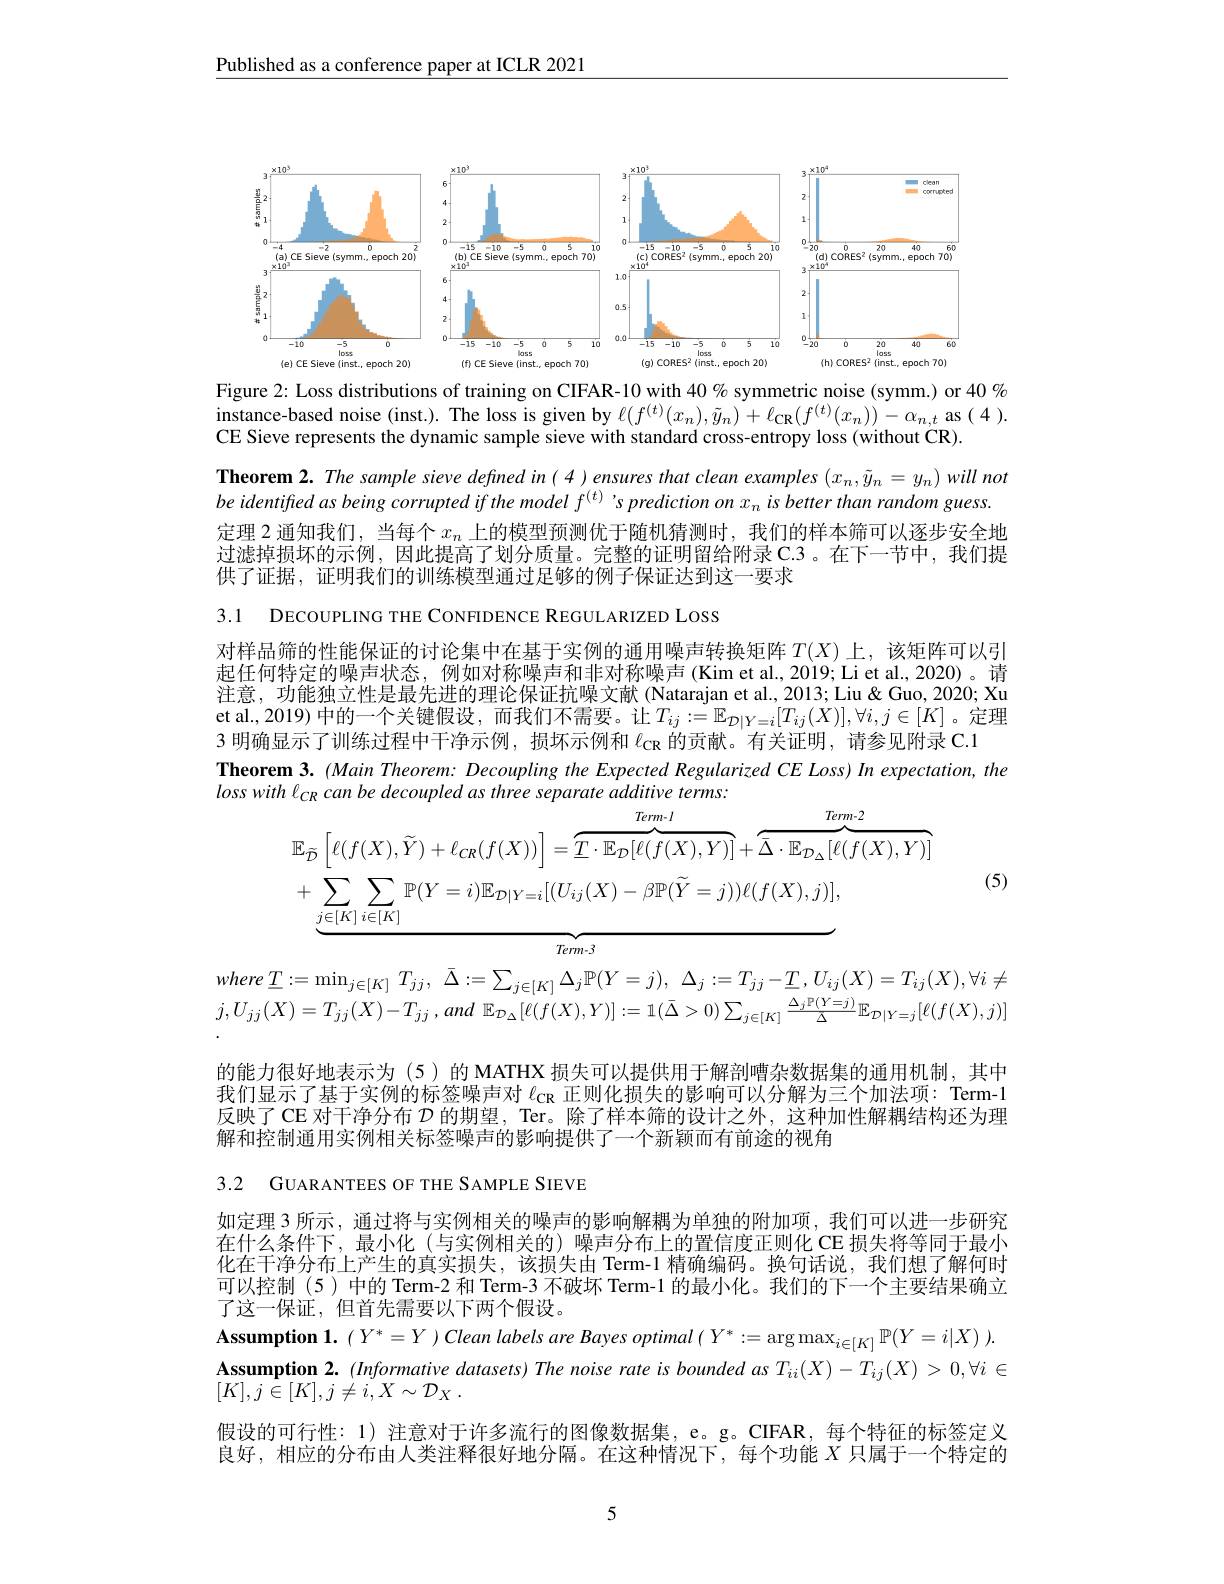
Published as a conference paper at ICLR 2021

<FigureHere>
Figure 2: Loss distributions of training on CIFAR-10 with 40 % symmetric noise (symm.) or $40\%$

$\begin{array}{c}\text{instance-based noise(inst.). The loss is given by }\ell(f^{(t)}(x_{n}),\tilde{y}_{n})+\ell_{\mathbf{CR}}(f^{(t)}(x_{n}))-\alpha_{n,t}\begin{array}{c}\mathrm{as~(4~).}\\\end{array}\end{array}$
CE Sieve represents the dynamic sample sieve with standard cross-entropy loss (without CR).

$\textbf{Theorem 2. The sample sieve defined in( 4) ensures that clean examples }( x_{n}, \tilde{y} _{n}= y_{n})$ willnot $be$ identifed $as$ being corrupted $if$ the model $f^{( t) }$ $; s$ prediction $on$ $x_{n}$ $is$ better than random $guess.$ 定理 2 通知我们，当每个$x_n$上的模型预测优于随机猜测时，我们的样本筛可以逐步安全地过滤掉损坏的示例，因此提高了划分质量。完整的证明留给附录C.3。在下一节中，我们提供了证据，证明我们的训练模型通过足够的例子保证达到这一要求

3.1 DECOUPLING THE CONFIDENCE REGULARIZED LOSS

对样品筛的性能保证的讨论集中在基于实例的通用噪声转换矩阵$T(X)$ 上，该矩阵可以引起任何特定的噪声状态，例如对称噪声和非对称噪声(Kim et al.,2019; Li et al., 2020)。请注意，功能独立性是最先进的理论保证抗噪文献(Natarajan et al.,2013; Liu & Guo, 2020; Xu et al., 2019) 中的一个关键假设，而我们不需要。让$T_ij:=\mathbb{E}_{\mathcal{D}|Y=i}[T_{ij}(X)],\forall i,j\in[K]$ 。定理3 明确显示了训练过程中干净示例，损坏示例和$\ell_\mathrm{CR}$的贡献。有关证明，请参见附录 C.1
Theorem 3. (Main Theorem: Decoupling the Expected Regularized CE Loss) In expectation, the

losswith $l_{CR}$ can $be$ decoupled $as$ three separate additive $terms:$
$$\begin{aligned}&\mathbb{E}_{\widetilde{\mathcal{D}}}\left[\ell(f(X),\widetilde{Y})+\ell_{CR}(f(X))\right]=\overbrace{\underline{T}\cdot\mathbb{E}_{\mathcal{D}}[\ell(f(X),Y)]}^{Term\cdot l}+\overbrace{\bar{\Delta}\cdot\mathbb{E}_{\mathcal{D}_{\Delta}}[\ell(f(X),Y)]}^{Term\cdot l}\\&+\underbrace{\sum_{j\in[K]}\sum_{i\in[K]}\mathbb{P}(Y=i)\mathbb{E}_{\mathcal{D}|Y=i}[(U_{ij}(X)-\beta\mathbb{P}(\widetilde{Y}=j))\ell(f(X),j)]}_{Term\cdot3},\end{aligned}$$
(5)

$where\underline {T}: = \min _{j\in [ K] }T_{jj}$, $\bar{\Delta } : = \sum _{j\in [ K] }\Delta _{j}\mathbb{P} ( Y= j) $, $\Delta _{j}: = T_{jj}- \underline {T}, U_{ij}( X) = T_{ij}( X) , \forall i\neq$ $j, U_{jj}( X) = T_{jj}( X) - T_{jj}$ $, and$ $\mathbb{E} _{\mathcal{D} _{\Delta }}[ \ell ( f( X) , Y) ] : = 1( \bar{\Delta } > 0) \sum _{j\in [ K] }\frac {\Delta _{j}\mathbb{P} ( Y= j) }\Delta \mathbb{E} _{\mathcal{D} | Y= j}[ \ell ( f( X) , j) ]$

的能力很好地表示为 (5)的 MATHX 损失可以提供用于解剖嘈杂数据集的通用机制，其中我们显示了基于实例的标签噪声对$\ell_\mathrm{CR}$正则化损失的影响可以分解为三个加法项：Term-1反映了 CE 对干净分布$\mathcal{D}$的期望，Ter。除了样本筛的设计之外，这种加性解耦结构还为理解和控制通用实例相关标签噪声的影响提供了一个新颖而有前途的视角

3.2 GUARANTEES OF THE SAMPLE SIEVE

如定理 3 所示，通过将与实例相关的噪声的影响解耦为单独的附加项，我们可以进一步研究在什么条件下，最小化(与实例相关的)噪声分布上的置信度正则化 CE 损失将等同于最小化在干净分布上产生的真实损失，该损失由 Term-1 精确编码。换句话说，我们想了解何时可以控制(5)中的 Term-2 和 Term-3 不破坏 Term-1 的最小化。我们的下一个主要结果确立了这一保证，但首先需要以下两个假设。
Assumption 1. $( Y^* = Y) \textit{Clean labels are Bayes optimal}( Y^* : = \arg \max _{i\in [ K] }\mathbb{P} ( Y= i| X) ) .$ $\begin{aligned}\textbf{Assumption 2. (Informative datasets) The noise rate is bounded as }T_{ii}(X)-T_{ij}(X)>0,\forall i\in\end{aligned}$ $[ K] , j\in [ K] , j\neq i, X\sim \mathcal{D} _X$ .
假设的可行性：1) 注意对于许多流行的图像数据集，e。g。CIFAR, 每个特征的标签定义良好，相应的分布由人类注释很好地分隔。在这种情况下，每个功能$X$只属于一个特定的

5